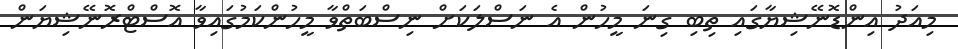
މިއަދު އިންޑޮނޭޝިޔާގައި ތިބި ގިނަ މީހުން އެ ނަސްލަކަށް ނިސްބަތްވާ މީހުންކަމުގައިވާ އޮސްޓްރޮނޭޝިޔަން